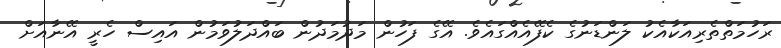
ރަހުމަތްތެރިއަކާއެކު ލަންޑަނުގެ ކެފޭއެއްގައެވެ. އޭގެ ފަހުން މަދުމަދުން ބައްދަލުވަމުން އައިސް ހެރީ އޭނާއަށް